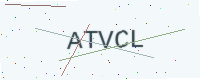
Text: ATVCL